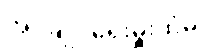
အုပ်ချုပ်ရေးမှူးထံမှ